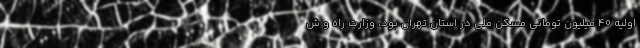
اولیه 40 میلیون تومانی مسکن ملی در استان تهران بود، وزارت راه و ش